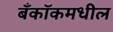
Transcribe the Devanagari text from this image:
बँकॉकमधील